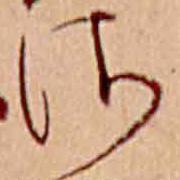
さ